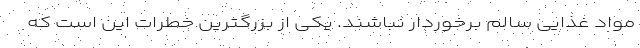
مواد غذایی سالم برخوردار نباشند. یکی از بزرگترین خطرات این است که